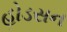
હોડસન